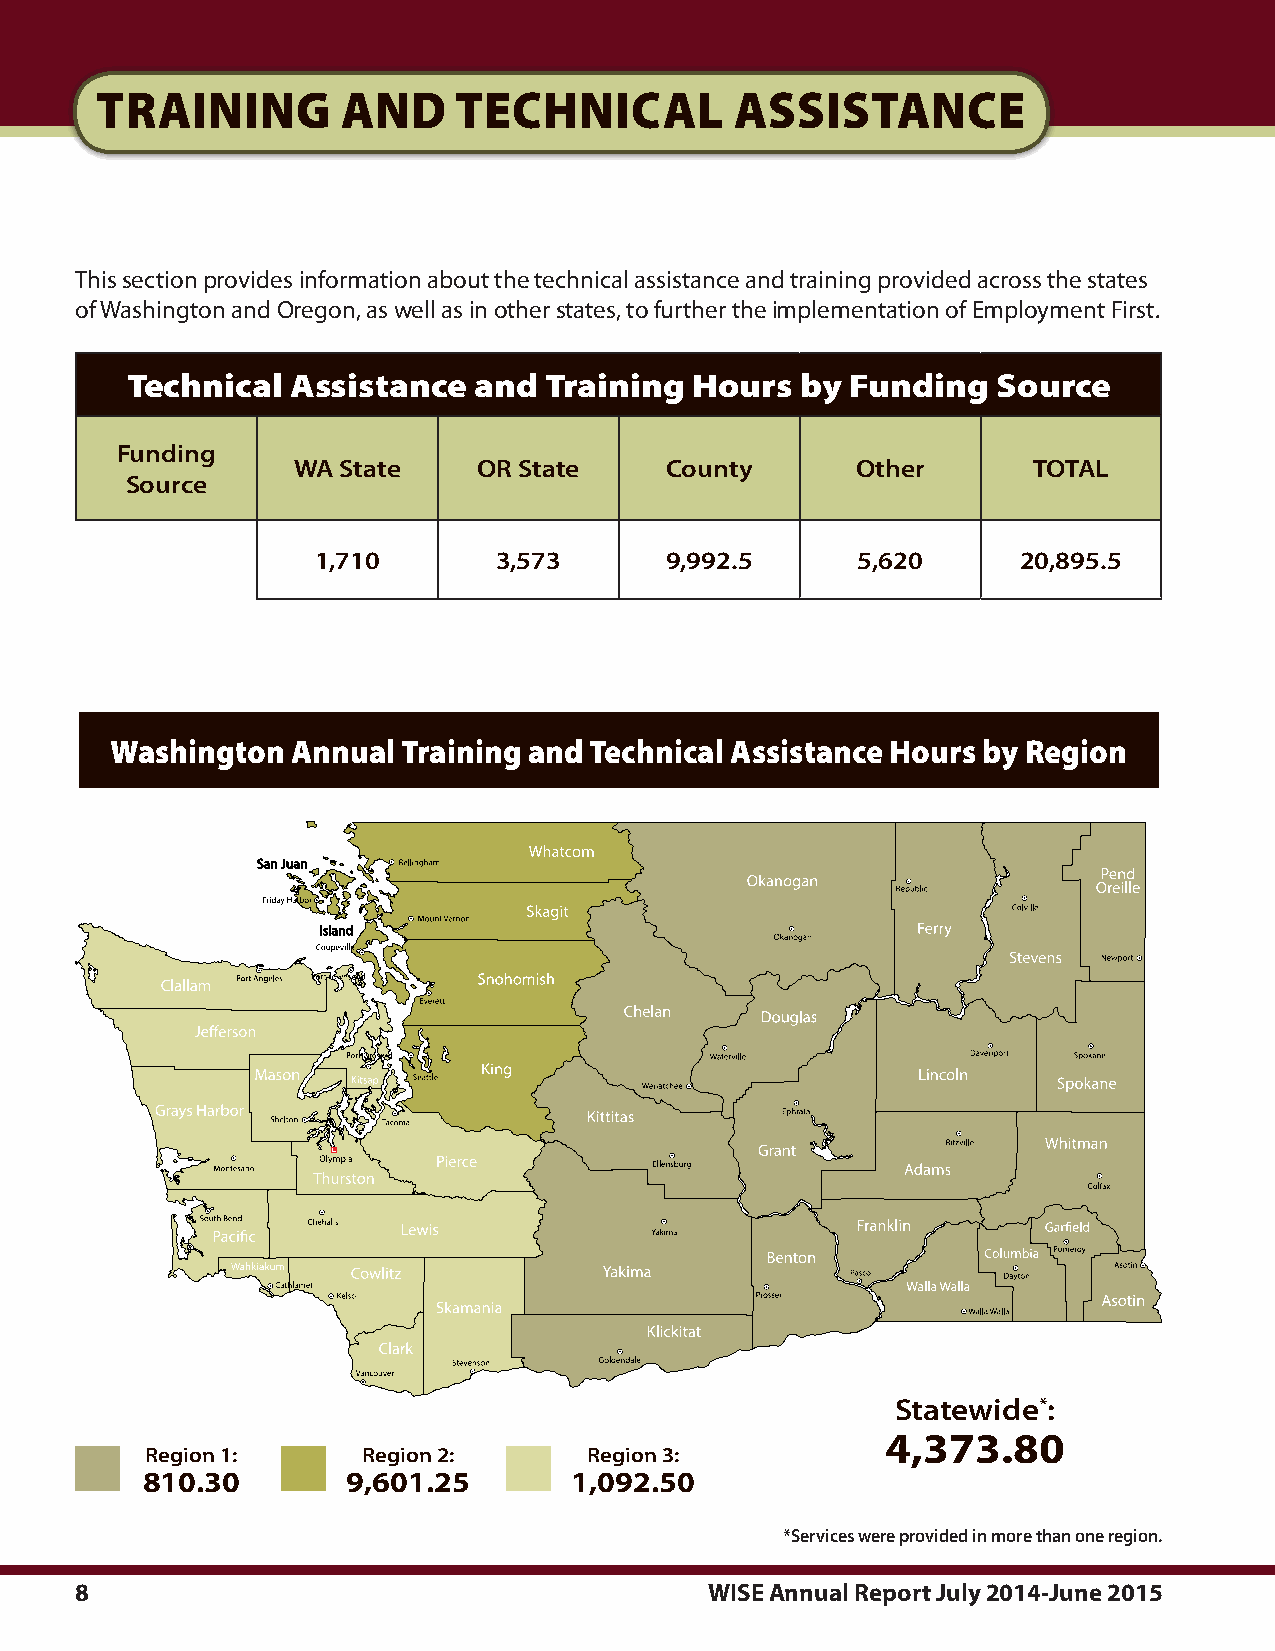
training         and    technical          assistance
 This.section.provides.information.about.the.technical.assistance.and.training.provided.across.the.states.
 of.Washington.and.Oregon,.as.well.as.in.other.states,.to.further.the.implementation.of.Employment.First.
 technical  assistance  and  training  hours  by Funding   source
 Funding
 WA State     OR State    County       Other      TOTAL
 Source
 1,710       3,573      9,992.5      5,620      20,895.5
 Washington  annual  training and technical assistance hours by region
 Statewide*:
 4,373.80
 Region 1:     Region 2:      Region 3:
 810.30        9,601.25       1,092.50
 *Services were provided in more than one region.
 8                                         WISE Annual Report July 2014-June 2015